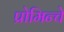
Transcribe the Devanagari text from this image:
प्रोमिन्चे